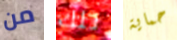
من تلك حماية